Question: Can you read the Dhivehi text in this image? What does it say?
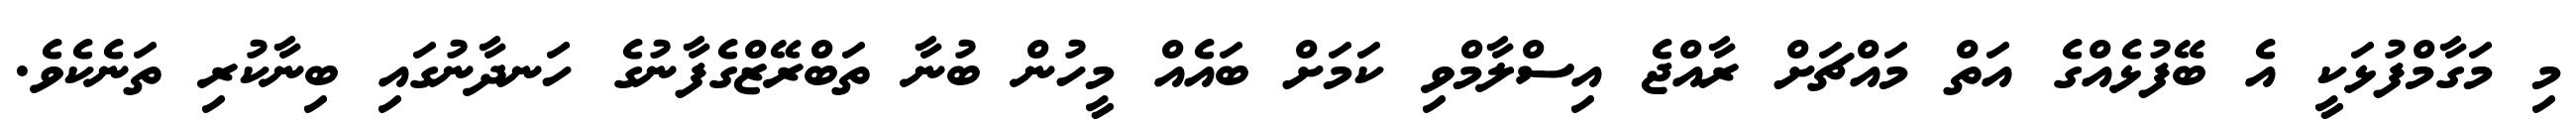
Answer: މި މަގާމްފުޅަކީ އެ ބޭފުޅެއްގެ އަތް މައްޗަށް ރާއްޖެ އިސްލާމްވި ކަމަށް ބައެއް މީހުން ބުނާ ތަބްރޭޒްގެފާނުގެ ހަނދާނުގައި ބިނާކުރި ތަނެކެވެ.